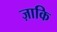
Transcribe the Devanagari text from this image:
ज़ाकि